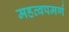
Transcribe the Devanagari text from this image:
महत्‍वपमर्ण